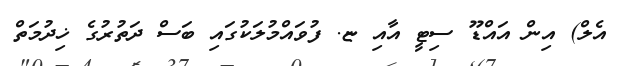
އެލް) އިން އައްޑޫ ސިޓީ އާއި ޏ. ފުވައްމުލަކުގައި ބަސް ދަތުރުގެ ޚިދުމަތް